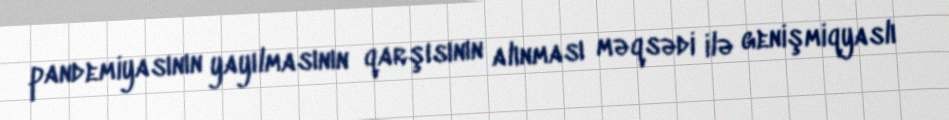
pandemiyasının yayılmasının qarşısının alınması məqsədi ilə genişmiqyaslı